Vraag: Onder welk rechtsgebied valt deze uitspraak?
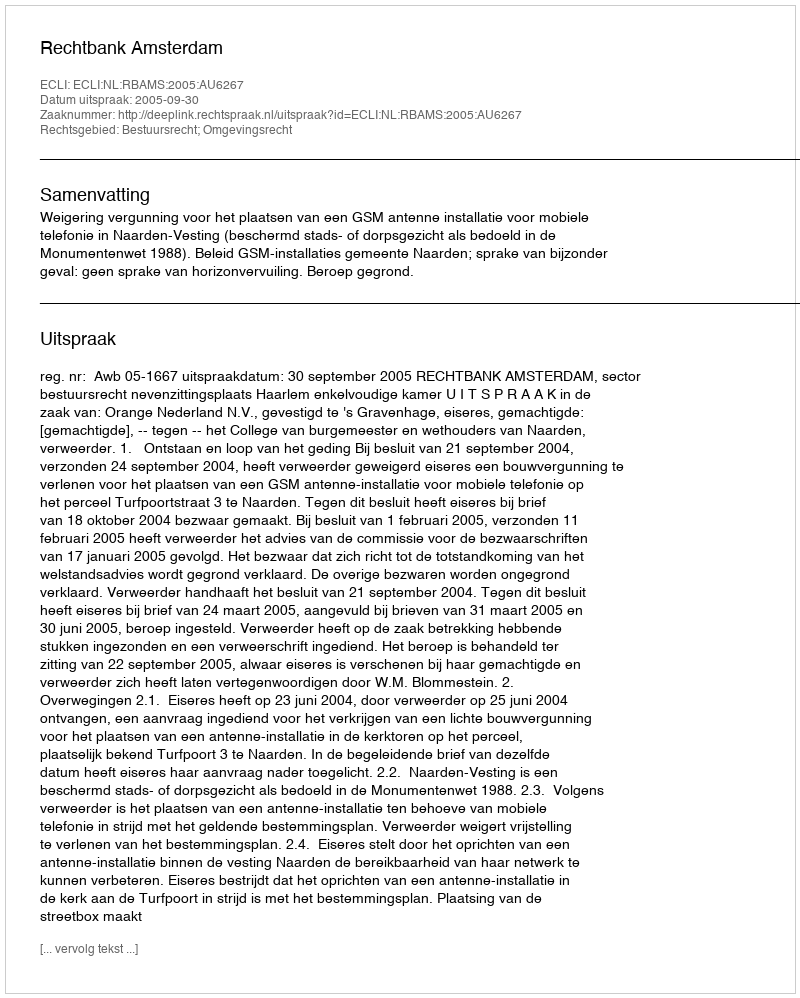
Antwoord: Bestuursrecht; Omgevingsrecht